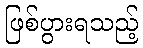
ဖြစ်ပွားရသည့်